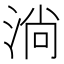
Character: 淌